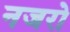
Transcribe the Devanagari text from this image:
नजरो